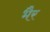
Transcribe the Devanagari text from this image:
भैर